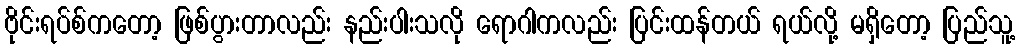
ဗိုင်းရပ်စ်ကတော့ ဖြစ်ပွားတာလည်း နည်းပါးသလို ရောဂါကလည်း ပြင်းထန်တယ် ရယ်လို့ မရှိတော့ ပြည်သူ့